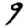
Digit: 9